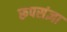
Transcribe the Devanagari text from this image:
रूपसंज्ञा